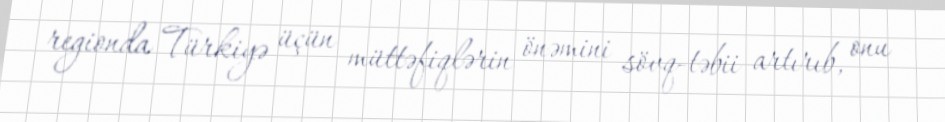
regionda Türkiyə üçün müttəfiqlərin önəmini sövq-təbii artırıb, onu